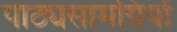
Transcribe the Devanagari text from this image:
पाठ्यसामग्रियों